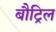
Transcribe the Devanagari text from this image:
बौट्रिल